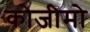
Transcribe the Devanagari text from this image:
कोजीमो